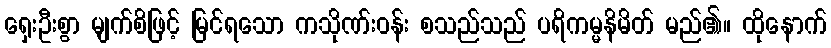
ရှေးဦးစွာ မျက်စိဖြင့် မြင်ရသော ကသိုဏ်းဝန်း စသည်သည် ပရိကမ္မနိမိတ် မည်၏။ ထိုနောက်